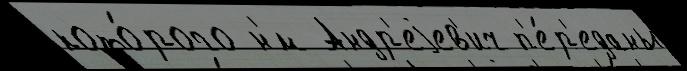
кото́рого н'́м Андр'еjев'ич п'е́р'еданы